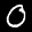
Label: 0